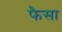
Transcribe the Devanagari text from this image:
फैसा